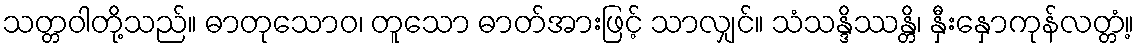
သတ္တဝါတို့သည်။ ဓာတုသောဝ၊ တူသော ဓာတ်အားဖြင့် သာလျှင်။ သံသန္ဒိဿန္တိ၊ နှီးနှောကုန်လတ္တံ့။